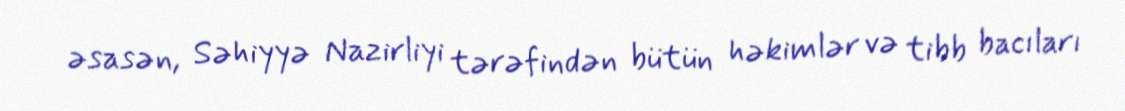
əsasən, Səhiyyə Nazirliyi tərəfindən bütün həkimlər və tibb bacıları